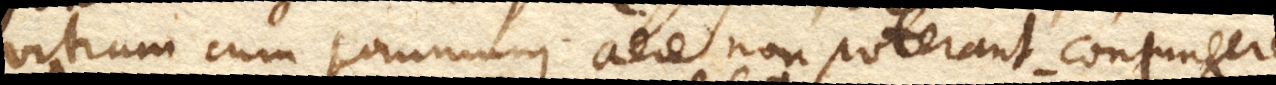
vitrum cum communi aere non poterant conjungere,